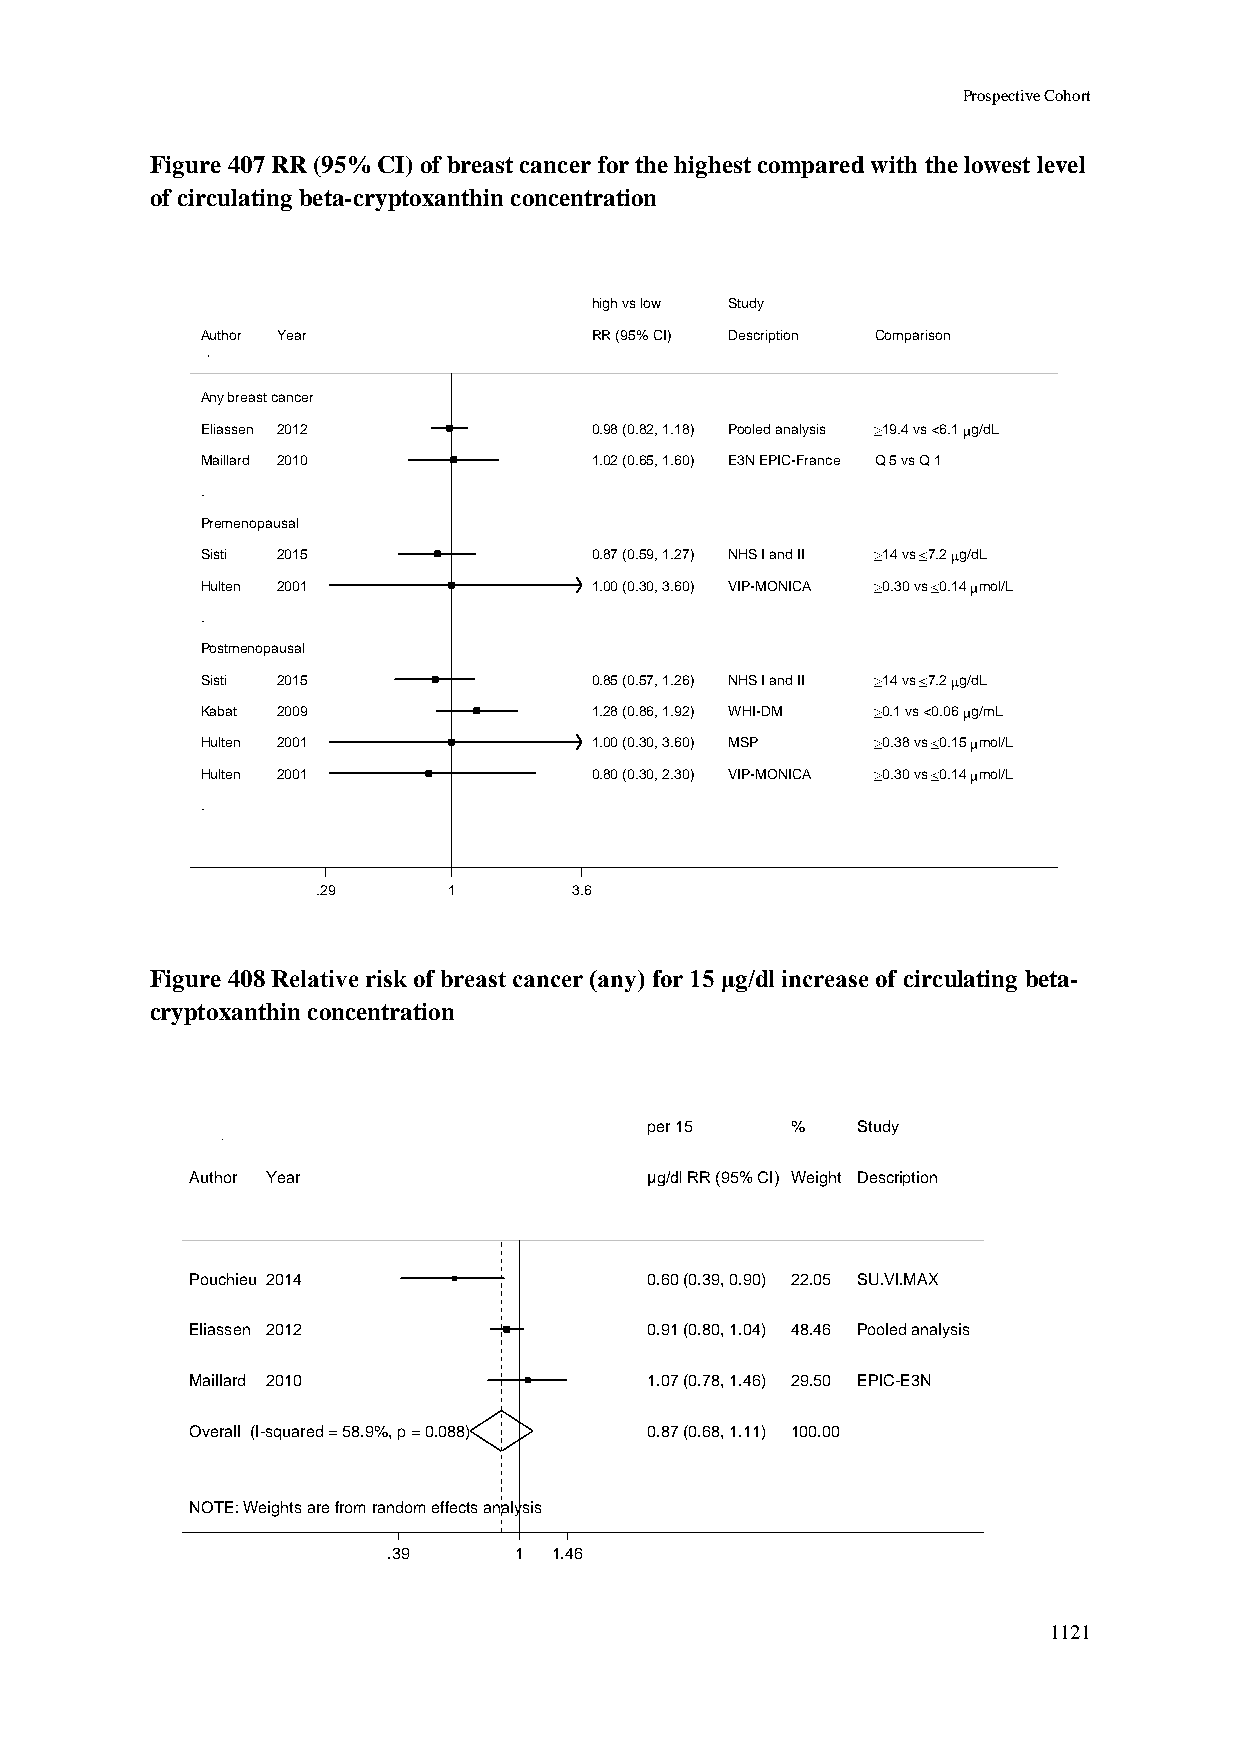
Prospective Cohort
 Figure 407 RR (95% CI) of breast cancer for the highest compared with the lowest level
 of circulating beta-cryptoxanthin concentration
 hhiigghh vvss llooww SSttuuddyy
 Author Year               RRRR ((9955%% CCII)) DDeessccrriippttiioonn Comparison
 Any breast cancer
 Eliassen 2012             00..9988 ((00..8822,, 11..1188)) PPoooolleedd aannaallyyssiiss 19.4 vs <6.1 g/dL
 Maillard 2010             11..0022 ((00..6655,, 11..6600)) EE33NN EEPPIICC--FFrraannccee Q 5 vs Q 1
 .
 Premenopausal
 Sisti 2015                00..8877 ((00..5599,, 11..2277)) NNHHSS II aanndd IIII 14 vs 7.2 g/dL
 Hulten 2001               11..0000 ((00..3300,, 33..6600)) VVIIPP--MMOONNIICCAA 0.30 vs 0.14 mol/L
 .
 Postmenopausal
 Sisti 2015                00..8855 ((00..5577,, 11..2266)) NNHHSS II aanndd IIII 14 vs 7.2 g/dL
 Kabat 2009                11..2288 ((00..8866,, 11..9922)) WWHHII--DDMM 0.1 vs <0.06 g/mL
 Hulten 2001               11..0000 ((00..3300,, 33..6600)) MMSSPP 0.38 vs 0.15 mol/L
 Hulten 2001               00..8800 ((00..3300,, 22..3300)) VVIIPP--MMOONNIICCAA 0.30 vs 0.14 mol/L
 .
 .29      11      3.6
 Figure 408 Relative risk of breast cancer (any) for 15 μg/dl increase of circulating beta-
 cryptoxanthin concentration
 ppeerr 1155 %% Study
 Author Year                   µµgg//ddll RRRR ((9955%% CCII)) WWeeiigghhtt Description
 Pouchieu 2014                 00..6600 ((00..3399,, 00..9900)) 2222..0055 SU.VI.MAX
 Eliassen 2012                 00..9911 ((00..8800,, 11..0044)) 4488..4466 Pooled analysis
 Maillard 2010                 11..0077 ((00..7788,, 11..4466)) 2299..5500 EPIC-E3N
 Overall (I-squared = 58.9%, p = 0.088) 00..8877 ((00..6688,, 11..1111)) 110000..0000
 NOTE: Weights are from random effects analysis
 .39     11 1.46
 1121